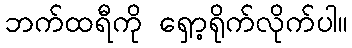
ဘက်ထရီကို ရှော့ရိုက်လိုက်ပါ။